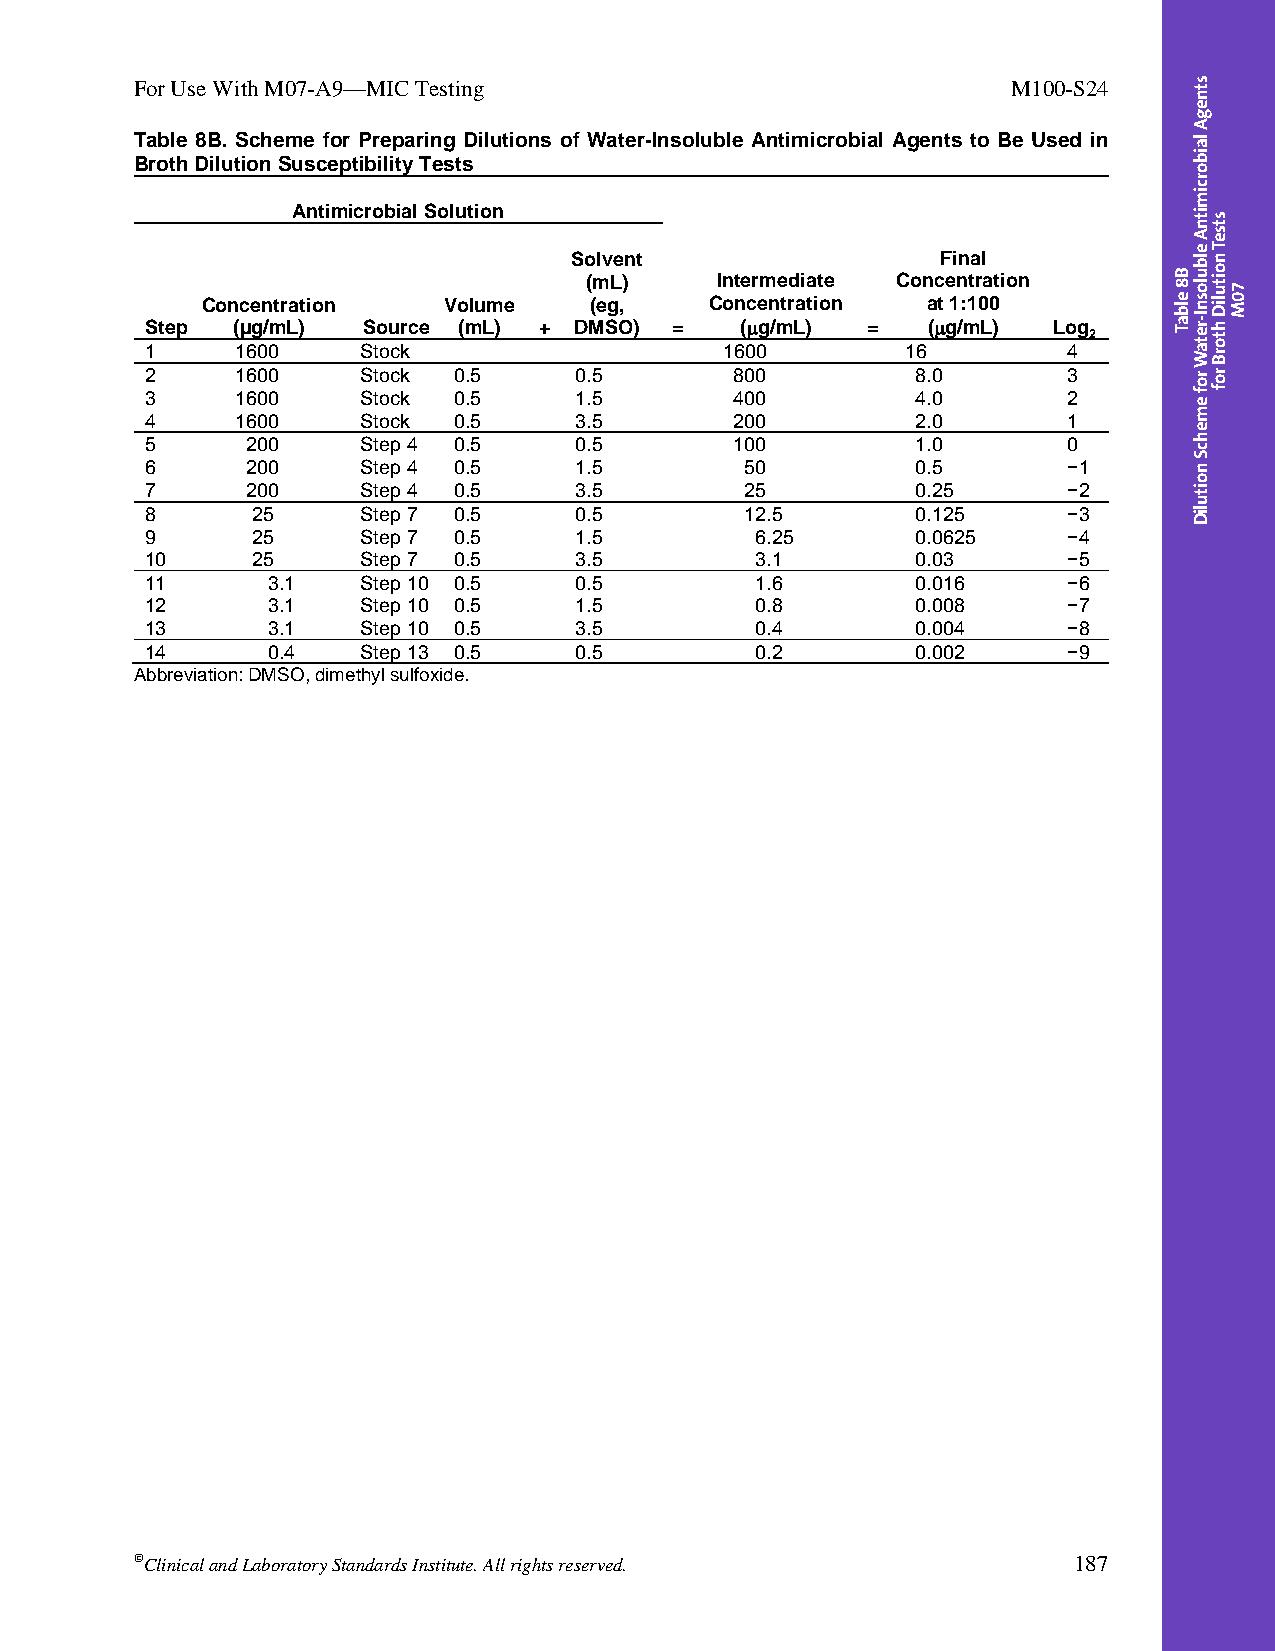
For Use With M07-A9—MIC Testing                           M100-S24
 Table 8B. Scheme for Preparing Dilutions of Water-Insoluble Antimicrobial Agents to Be Used in
 Broth Dilution Susceptibility Tests
 Antimicrobial Solution
 Solvent                 Final
 (mL)    Intermediate Concentration
 Concentration   Volume    (eg,    Concentration at 1:100
 Step (µg/mL)  Source (mL) + DMSO) =    (g/mL) =   (g/mL)  Log
 2
 1     1600    Stock                   1600        16         4
 2     1600    Stock 0.5     0.5        800         8.0       3
 3     1600    Stock 0.5     1.5        400         4.0       2
 4     1600    Stock 0.5     3.5        200         2.0       1
 5     200     Step 4 0.5    0.5        100         1.0       0
 6     200     Step 4 0.5    1.5        50          0.5       −1
 7     200     Step 4 0.5    3.5        25          0.25      −2
 8      25     Step 7 0.5    0.5        12.5        0.125     −3
 9      25     Step 7 0.5    1.5         6.25       0.0625    −4
 10     25     Step 7 0.5    3.5         3.1        0.03      −5
 11      3.1   Step 10 0.5   0.5         1.6        0.016     −6
 12      3.1   Step 10 0.5   1.5         0.8        0.008     −7
 13      3.1   Step 10 0.5   3.5         0.4        0.004     −8
 14      0.4   Step 13 0.5   0.5         0.2        0.002     −9
 Abbreviation: DMSO, dimethyl sulfoxide.
 Clinical and Laboratory Standards Institute. All rights reserved. 187
 Thisdocumentisprotectedbycopyright.
 PublishedOn1/1/2014.
 B8
 elbaT
 stnegA
 laiborcimitnA
 elbulosnI-retaW
 rof
 emehcS
 noituliD
 stseT
 noituliD
 htorB
 rof
 70M